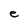
Character: e